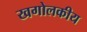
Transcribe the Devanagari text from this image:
खगोलकीय